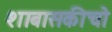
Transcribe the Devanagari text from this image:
शाबासकीचो